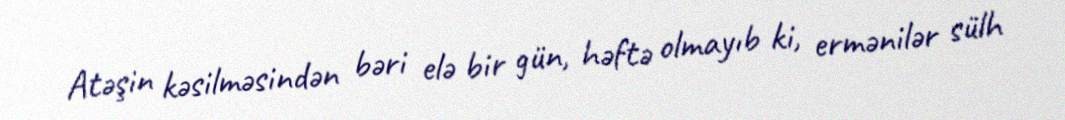
Atəşin kəsilməsindən bəri elə bir gün, həftə olmayıb ki, ermənilər sülh